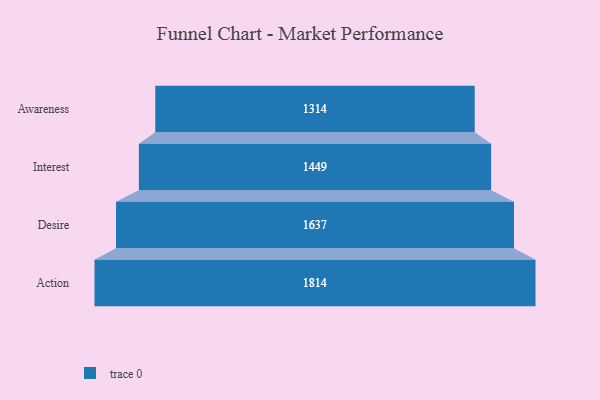
{"axis": {"x": "Stage", "y": "Value"}, "legend": [""], "data": [{"x": "Awareness", "y": 1314.0, "type": ""}, {"x": "Interest", "y": 1449.0, "type": ""}, {"x": "Desire", "y": 1637.0, "type": ""}, {"x": "Action", "y": 1814.0, "type": ""}]}